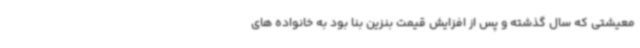
معیشتی که سال گذشته و پس از افزایش قیمت بنزین بنا بود به خانواده های